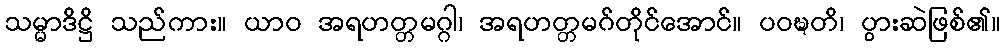
သမ္မာဒိဋ္ဌိ သည်ကား။ ယာဝ အရဟတ္တမဂ္ဂါ၊ အရဟတ္တမဂ်တိုင်အောင်။ ပဝဍ္ဎတိ၊ ပွားဆဲဖြစ်၏။